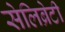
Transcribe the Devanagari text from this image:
सेलिब्रेटी